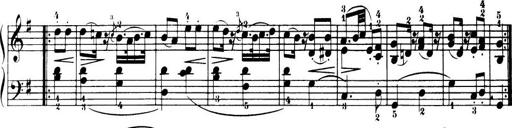
Title: 32 Sonatinas and Rondos for the Piano
Composer: Richard Kleinmichel